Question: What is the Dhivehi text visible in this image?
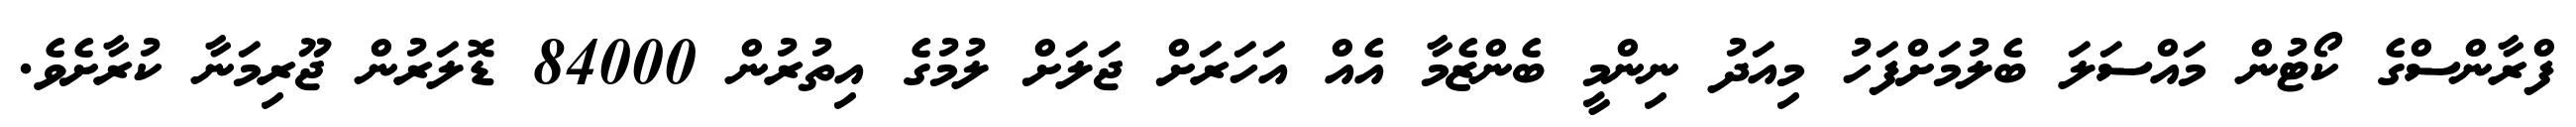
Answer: ފްރާންސްގެ ކޯޓުން މައްސަލަ ބެލުމަށްފަހު މިއަދު ނިންމީ ބެންޒެމާ އެއް އަހަރަށް ޖަލަށް ލުމުގެ އިތުރުން 84000 ޑޮލަރުން ޖޫރިމަނާ ކުރާށެވެ.